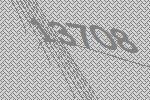
13708